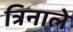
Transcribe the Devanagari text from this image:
त्रिनाले